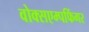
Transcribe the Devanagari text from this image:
वोक्सएम्पफिंगर